Annual administration report of the Civil Veterinary Department of India - 1898-1899
Year: 1898
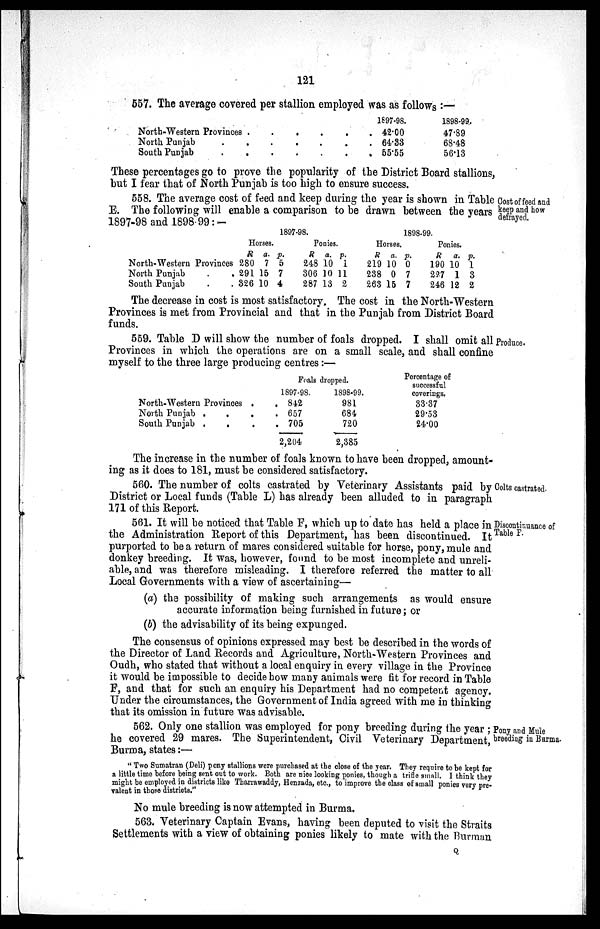
121
557. The average covered per stallion employed was as follows :—
North-Western Provinces . . . . . .
North Punjab . . . . . . .
South Punjab . . . . . . .
1897-98.
42.00
64.33
55.55
1898-99.
47.89
68.48
56.13
These percentages go to prove the popularity of the District Board stallions,
but I fear that of North Punjab is too high to ensure success.
Cost of feed and
keep and how
defrayed.
558. The average cost of feed and keep during the year is shown in Table
E. The following will enable a comparison to be drawn between the years
1897-98 and 1898-99:-
North-Western Provinces
North Punjab . .
South Punjab . .
1897-98.
Horses.
R
280
291
326
a.
7
15
10
p.
5
7
4
Ponies.
R
248
306
287
a.
10
10
13
p.
1
11
2
1898-99.
Horses.
R
219
238
263
a.
10
0
15
p.
0
7
7
Ponies.
R
190
227
246
a.
10
1
12
p.
1
3
2
The decrease in cost is most satisfactory. The cost in the North-Western
Provinces is met from Provincial and that in the Punjab from District Board
funds.
Produce.
559. Table D will show the number of foals dropped. I shall omit all
Provinces in which the operations are on a small scale, and shall confine
myself to the three large producing centres:—
North-Western Provinces . .
North Punjab . . . .
South Punjab . . . .
Foals dropped.
1897-98.
842
657
705
2,204
1898-99.
981
684
720
2,385
Percentage of
successful
coverings.
33.37
29.53
24.00
The increase in the number of foals known to have been dropped, amount-
ing as it does to 181, must be considered satisfactory.
Colts castrated.
560. The number of colts castrated by Veterinary Assistants paid by
District or Local funds (Table L) has already been alluded to in paragraph
171 of this Report.
Discontinuance of
Table F.
561. It will be noticed that Table F, which up to date has held a place in
the Administration Report of this Department, has been discontinued. It
purported to be a return of mares considered suitable for horse, pony, mule and
donkey breeding. It was, however, found to be most incomplete and unreli-
able, and was therefore misleading. I therefore referred the matter to all
Local Governments with a view of ascertaining—
(a) the possibility of making such arrangements as would ensure
accurate information being furnished in future; or
(b) the advisability of its being expunged.
The consensus of opinions expressed may best be described in the words of
the Director of Land Records and Agriculture, North-Western Provinces and
Oudh, who stated that without a local enquiry in every village in the Province
it would be impossible to decide how many animals were fit for record in Table
F, and that for such an enquiry his Department had no competent agency.
Under the circumstances, the Government of India agreed with me in thinking
that its omission in future was advisable.
Pony and Mule
breeding in Burma.
562. Only one stallion was employed for pony breeding during the year;
he covered 29 mares. The Superintendent, Civil Veterinary Department,
Burma, states:—
"Two Sumatran (Deli) pony stallions were purchased at the close of the year. They require to be kept for
a little time before being sent out to work. Both are nice looking ponies, though a trifle small. I think they
might be employed in districts like Tharrawaddy, Henzada, etc., to improve the class of small ponies very pre-
valent in those districts."
No mule breeding is now attempted in Burma.
563. Veterinary Captain Evans, having been deputed to visit the Straits
Settlements with a view of obtaining ponies likely to mate with the Burman
Q